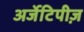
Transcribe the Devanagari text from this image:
अर्जेटिपीज़